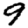
Digit: 9